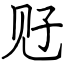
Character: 觃